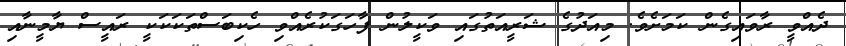
ދެއްވީ ރާވައިގެން ކަމަށެވެ. މިއަދުގެ ޝަރީއަތުގައި ވަކީލުން ފާހަގަކުރެއްވި ހެކިބަސްތަކަކަކީ ރައީސް ޔާމީނާއި